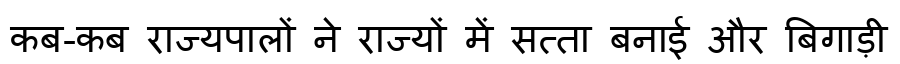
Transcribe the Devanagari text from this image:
कब-कब राज्यपालों ने राज्यों में सत्ता बनाई और बिगाड़ी